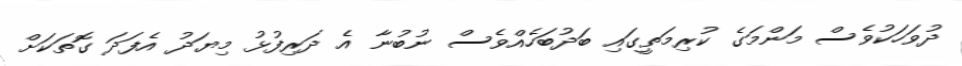
ދުވަހަކުވެސް މަންމަގެ ކުރިމަތީގައި ބަދުބަހެއްވެސް ނުބުނާ އެ ދަރިފުޅު މިޔަދު އެފަދަ ގޮތަކަށް